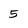
Character: 5